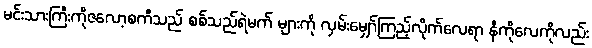
မင်းသားကြီးကိုဇလော့စကီသည် စစ်သည်ရဲမက် များကို လှမ်းမျှော်ကြည့်လိုက်လေရာ နီကိုလေကိုလည်း